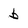
Character: b